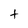
Character: t